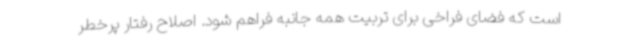
است که فضای فراخی برای تربیت همه جانبه فراهم شود. اصلاح رفتار پرخطر